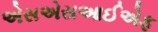
એસએસઆઈએફ